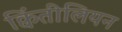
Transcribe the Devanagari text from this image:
क्विंतीलियन